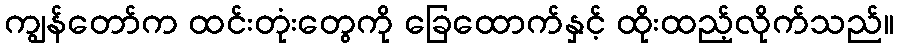
ကျွန်တော်က ထင်းတုံးတွေကို ခြေထောက်နှင့် ထိုးထည့်လိုက်သည်။